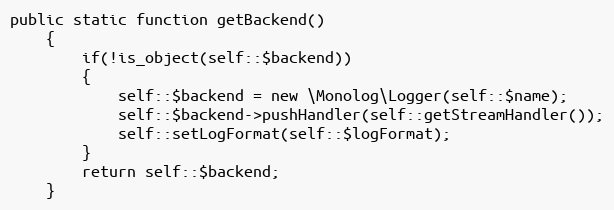
Language: PHP
public static function getBackend()
    {
        if(!is_object(self::$backend))
        {
            self::$backend = new \Monolog\Logger(self::$name);
            self::$backend->pushHandler(self::getStreamHandler());
            self::setLogFormat(self::$logFormat);
        }
        return self::$backend;
    }